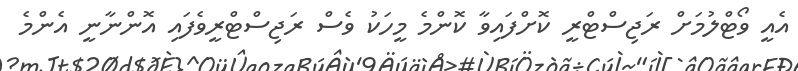
އެއީ ވޯޓްލުމަށް ރަޖިސްޓްރީ ކޮށްފައިވާ ކޮންމެ މީހަކު ވެސް ރަޖިސްޓްރީވެފައި އޮންނާނީ އެންމެ